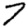
Digit: 7